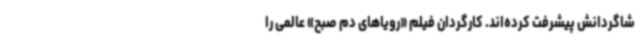
شاگردانش پیشرفت کرده‌اند. کارگردان فیلم «رویاهای دم صبح» عالمی را